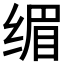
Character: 𮉭